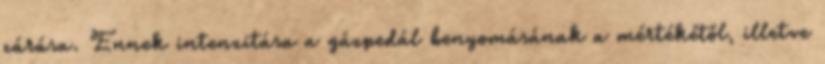
zárása. Ennek intenzitása a gázpedál benyomásának a mértékétől, illetve